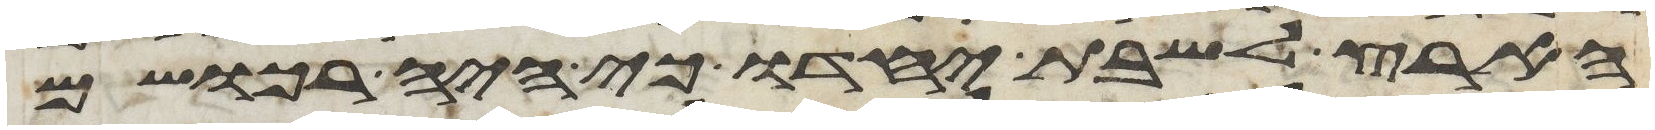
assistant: הארץ לשבת יחדו כי היה רכושם